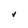
Character: v